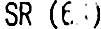
SR (6%)